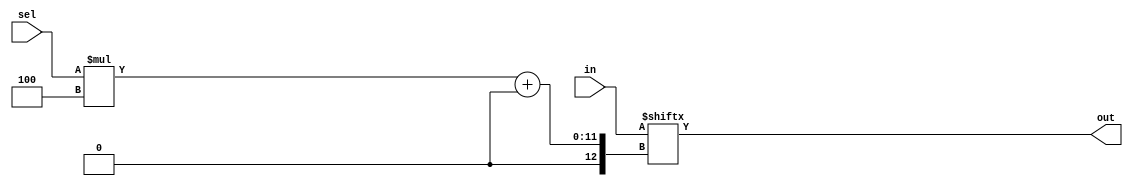
module top_module( 
    input [1023:0] in,
    input [7:0] sel,
    output [3:0] out );

  //      
  //in[sel*4+3:sel*4]    

  //1. bit slicing 
  //assign out = {in[sel*4+3], in[sel*4+2], in[sel*4+1], in[sel*4+0]};
  
  //2. indexed vector part select  
  //[ <+/->:  ]
  assign out = in[sel*4 +: 4]; 
  //assign out = in[sel*4+3 -: 4];

endmodule